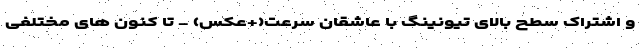
و اشتراک سطح بالای تیونینگ با عاشقان سرعت(+عکس) - تا کنون های مختلفی